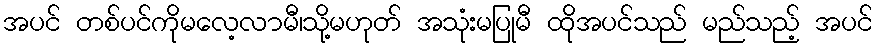
အပင် တစ်ပင်ကိုမလေ့လာမီ၊သို့မဟုတ် အသုံးမပြုမီ ထိုအပင်သည် မည်သည့် အပင်